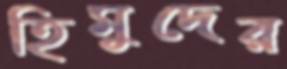
হিমুদের